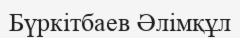
Бүркітбаев Әлімқұл